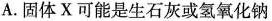
A.固体X可能是生石灰或氢氧化钠